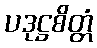
ပဒုဋ္ဌစိတ္တံ